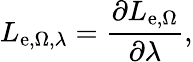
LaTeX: L_{\mathrm{e},\Omega,\lambda}={\frac{\partial L_{\mathrm{e},\Omega}}{\partial\lambda}},